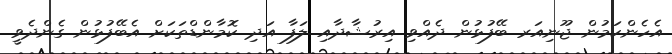
އެހެންކަމުން ޖޫނިއަރ ބޭފުޅުން ދެއްވި އިރުޝާދާއި ލަފާ އަދި ކޮމާންޑްތަކަށް އެބޭފުޅުން ގެންދެވީ